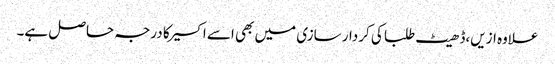
علاوه ازیں،ڈھیٹ طلبا کی کردار سازی میں بھی اسے اکسیر کا درجہ حاصل ہے۔